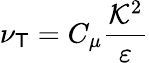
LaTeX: \nu_{\mathsf{T}}=C_{\mu}\frac{{\mathcal{{K}}^{2}}}{{\varepsilon}}